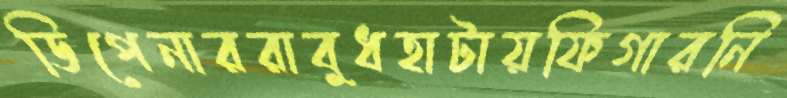
ডিপেনাররাবুধহাটায়ফিগারনি